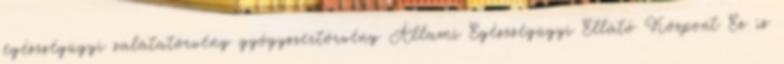
egészségügyi salátatörvény gyógyszertörvény Állami Egészségügyi Ellátó Központ Ez is